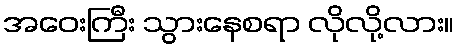
အဝေးကြီး သွားနေစရာ လိုလို့လား။